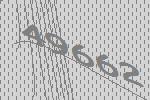
49662